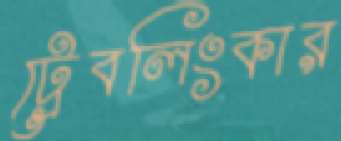
ট্রেবলিংকার